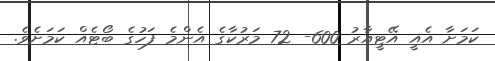
ކަމަށާ އެއީ އޭޓީއާރު 600- 72 މަރުކާގެ އެންމެ ފަހުގެ ބޯޓެއް ކަމަށެވެ.